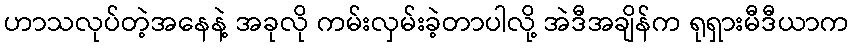
ဟာသလုပ်တဲ့အနေနဲ့ အခုလို ကမ်းလှမ်းခဲ့တာပါလို့ အဲဒီအချိန်က ရုရှားမီဒီယာက